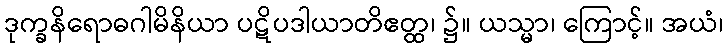
ဒုက္ခနိရောဓဂါမိနိယာ ပဋိပဒါယာတိဧတ္ထ၊ ၌။ ယသ္မာ၊ ကြောင့်။ အယံ၊